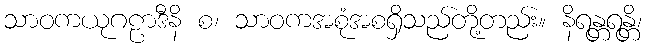
သာဝကယုဂဠာဒီနိ စ၊ သာဝကအစုံအစရှိသည်တို့တည်း။ နိရန္တရန္တိ၊